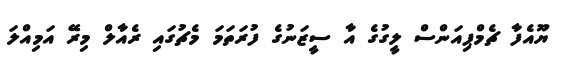
ޔޫއެފާ ޗެމްޕިއަންސް ލީގުގެ އާ ސީޒަނުގެ ފުރަތަމަ މެޗުގައި ރެއާލް މިރޭ އަމިއްލަ